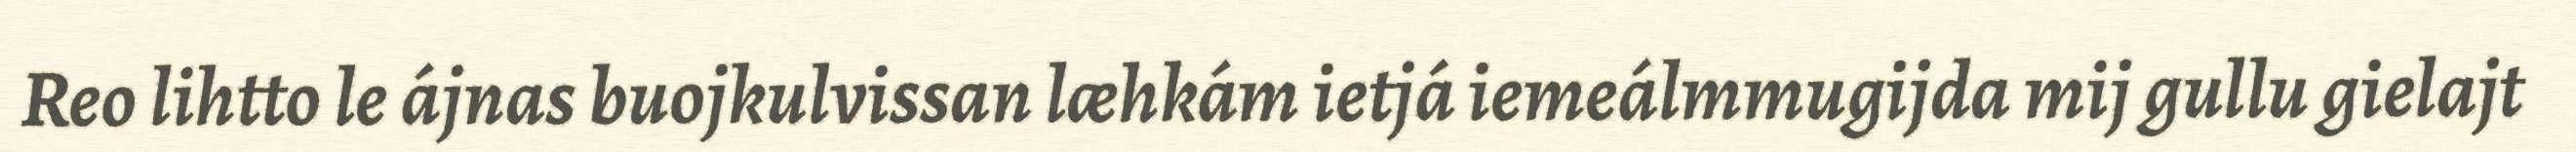
Reo lihtto le ájnas buojkulvissan læhkám ietjá iemeálmmugijda mij gullu gielajt